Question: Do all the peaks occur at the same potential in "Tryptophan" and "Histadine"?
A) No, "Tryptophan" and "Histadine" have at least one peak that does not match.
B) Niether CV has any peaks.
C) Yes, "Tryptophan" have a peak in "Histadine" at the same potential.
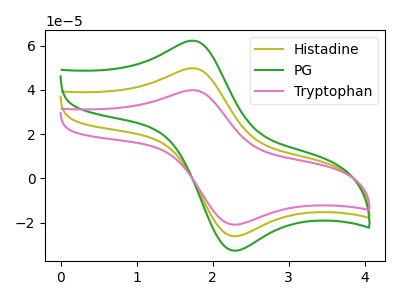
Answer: <think>The olive curve "Histadine" has an anodic peak at (1.75V, 49.75uA) and a cathodic peak at (2.30V, -26.15uA). The green curve "PG" has an anodic peak at (1.75V, 99.50uA) and a cathodic peak at (2.30V, -52.25uA). The pink curve "Tryptophan" has an anodic peak at (1.75V, 39.80uA) and a cathodic peak at (2.30V, -20.90uA).</think>
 <answer>C) Yes, "Tryptophan" have a peak in "Histadine" at the same potential.</answer>
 <eval>C</eval>